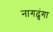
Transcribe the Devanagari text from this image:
नागढुंगा